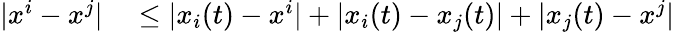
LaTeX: \begin{array}{rl}{|x^{i}-x^{j}|}&{{}\leq|x_{i}(t)-x^{i}|+|x_{i}(t)-x_{j}(t)|+|x_{j}(t)-x^{j}|}\end{array}